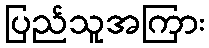
ပြည်သူအကြား